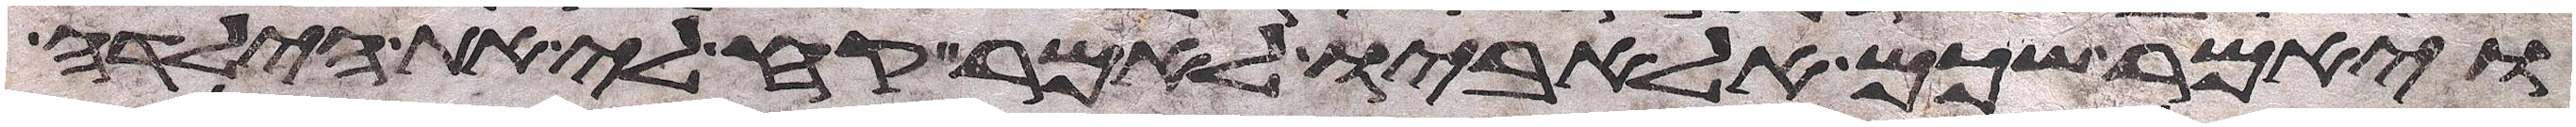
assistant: ויאמר שכם אל אביו לאמר קח לי את הילדה